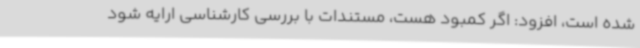
شده است، افزود: اگر کمبود هست، مستندات با بررسی کارشناسی ارایه شود